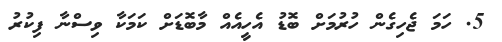
5. ހަމަ ޖެހިގެން ހުރުމަށް ބޮޑު އެހީއެއް މާބޮޑަށް ކަމަކާ ވިސްނާ ފިކުރު